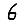
Digit: 6